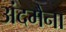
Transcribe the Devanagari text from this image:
अंदमैना